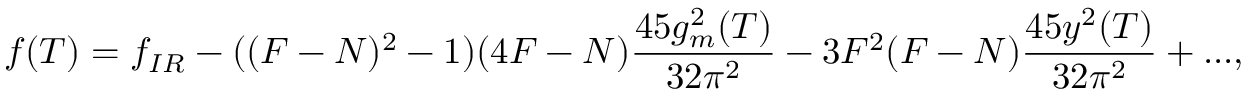
f ( T ) = f _ { I R } - ( ( F - N ) ^ { 2 } - 1 ) ( 4 F - N ) \frac { 4 5 g _ { m } ^ { 2 } ( T ) } { 3 2 \pi ^ { 2 } } - 3 F ^ { 2 } ( F - N ) \frac { 4 5 y ^ { 2 } ( T ) } { 3 2 \pi ^ { 2 } } + . . . ,